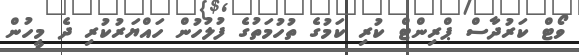
ވޯޓް ކަރުދާސް ޕްރިންޓް ކުރި ކަމުގެ ތުހުމަތުގެ ފުލުހުން ހައްޔަރުކުރި ދެ މީހުން